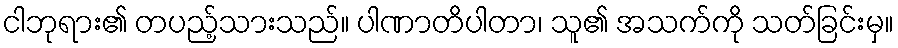
ငါဘုရား၏ တပည့်သားသည်။ ပါဏာတိပါတာ၊ သူ၏ အသက်ကို သတ်ခြင်းမှ။